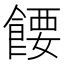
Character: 𬲘